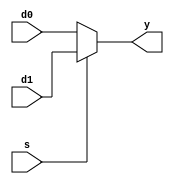
`timescale 1ns / 1ps
//////////////////////////////////////////////////////////////////////////////////
// Company: 
// Engineer: 
// 
// Design Name: 
// Module Name: mux_b
// Project Name: 
// Target Devices: 
// Tool Versions: 
// Description: 
// 
// Dependencies: 
// 
// Revision:
// Revision 0.01 - File Created
// Additional Comments:
// 
//////////////////////////////////////////////////////////////////////////////////


module mux_b( d0, d1, s, y );
input [3:0] d0, d1;
input s;
output [3:0] y;
reg [3:0] y;

always@(d0 or d1 or s)
begin
 if ( s == 1 )
 y = d1;
 else
 y = d0;
end
endmodule